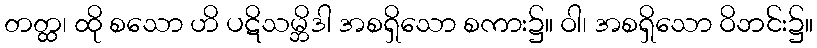
တတ္ထ၊ ထို စသော ဟိ ပဋိသမ္ဘိဒါ အစရှိသော စကား၌။ ဝါ၊ အစရှိသော ဝိဘင်း၌။